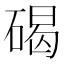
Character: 碣